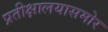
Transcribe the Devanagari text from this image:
प्रतीक्षालयासमोर